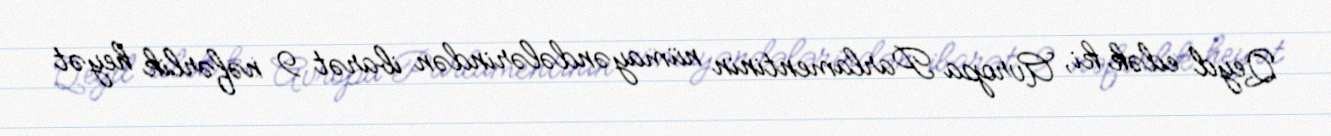
Qeyd edək ki, Avropa Parlamentinin nümayəndələrindən ibarət 9 nəfərlik heyət